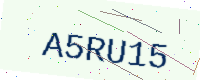
Text: A5RU15